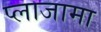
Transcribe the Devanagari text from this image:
प्लाजामा